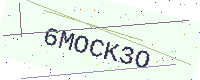
Text: 6MOCK3O